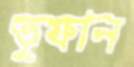
তুফান